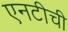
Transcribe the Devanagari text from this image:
एनटीची